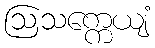
ဩသက္ကေယျံ